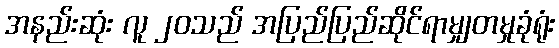
အနည်းဆုံး လူ ၂၀သည် အပြည်ပြည်ဆိုင်ရာမျှတမှုခုံရုံး